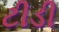
ટીડી